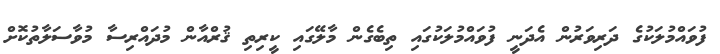
ފުވައްމުލަކުގެ ދަރިވަރުން އެދަނީ ފުވައްމުލަކުގައި ތިބެގެން މާލޭގައި ކީރިތި ޤުރްއާން މުދައްރިސާ މުވާސަލާތުކޮށް